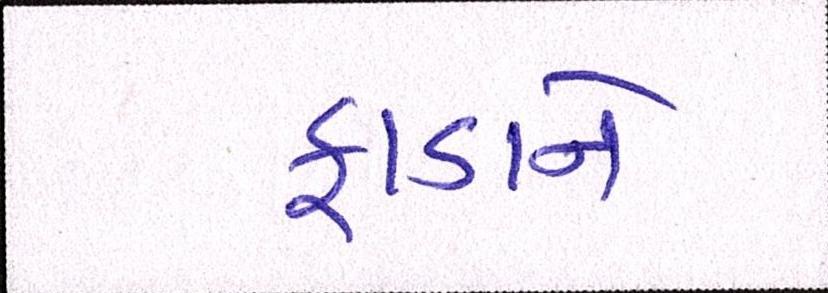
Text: ફાડાને